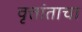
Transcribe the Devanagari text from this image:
वृत्तांताचा